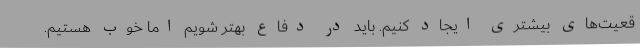
قعیت‌های بیشتری ایجاد کنیم. باید در دفاع بهتر شویم اما خوب هستیم.